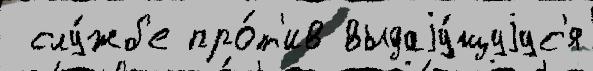
 слу́жб'е про́т'ив выдаjу́щуjус'я